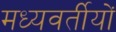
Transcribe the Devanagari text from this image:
मध्यवर्तीयों